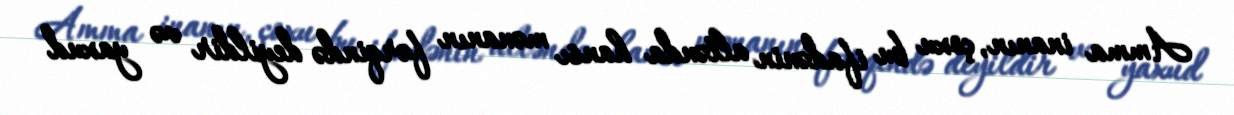
Amma inanın, çoxu bu ifadənin altənda hansı mənanın fərqində deyildir və yaxud